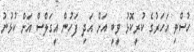
ހުސްވި އަހަރުގެ ކުރީކޮޅު ވީބީ އަށް އަދި ފަހުން އީގަލްސް އަށް ކުޅުނު